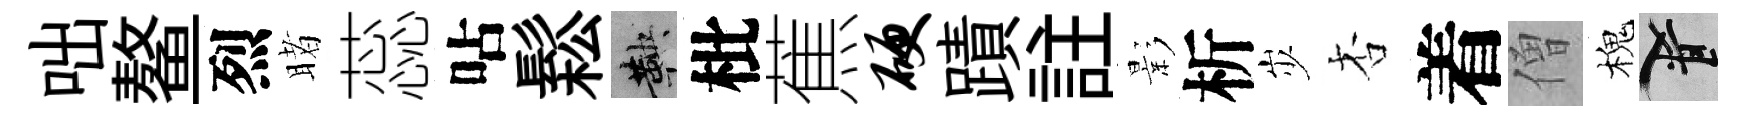
咄鳌烈睹蕊呫鬆鞅枇蕉硬蹟註影析𡵯杏着僧槐柳